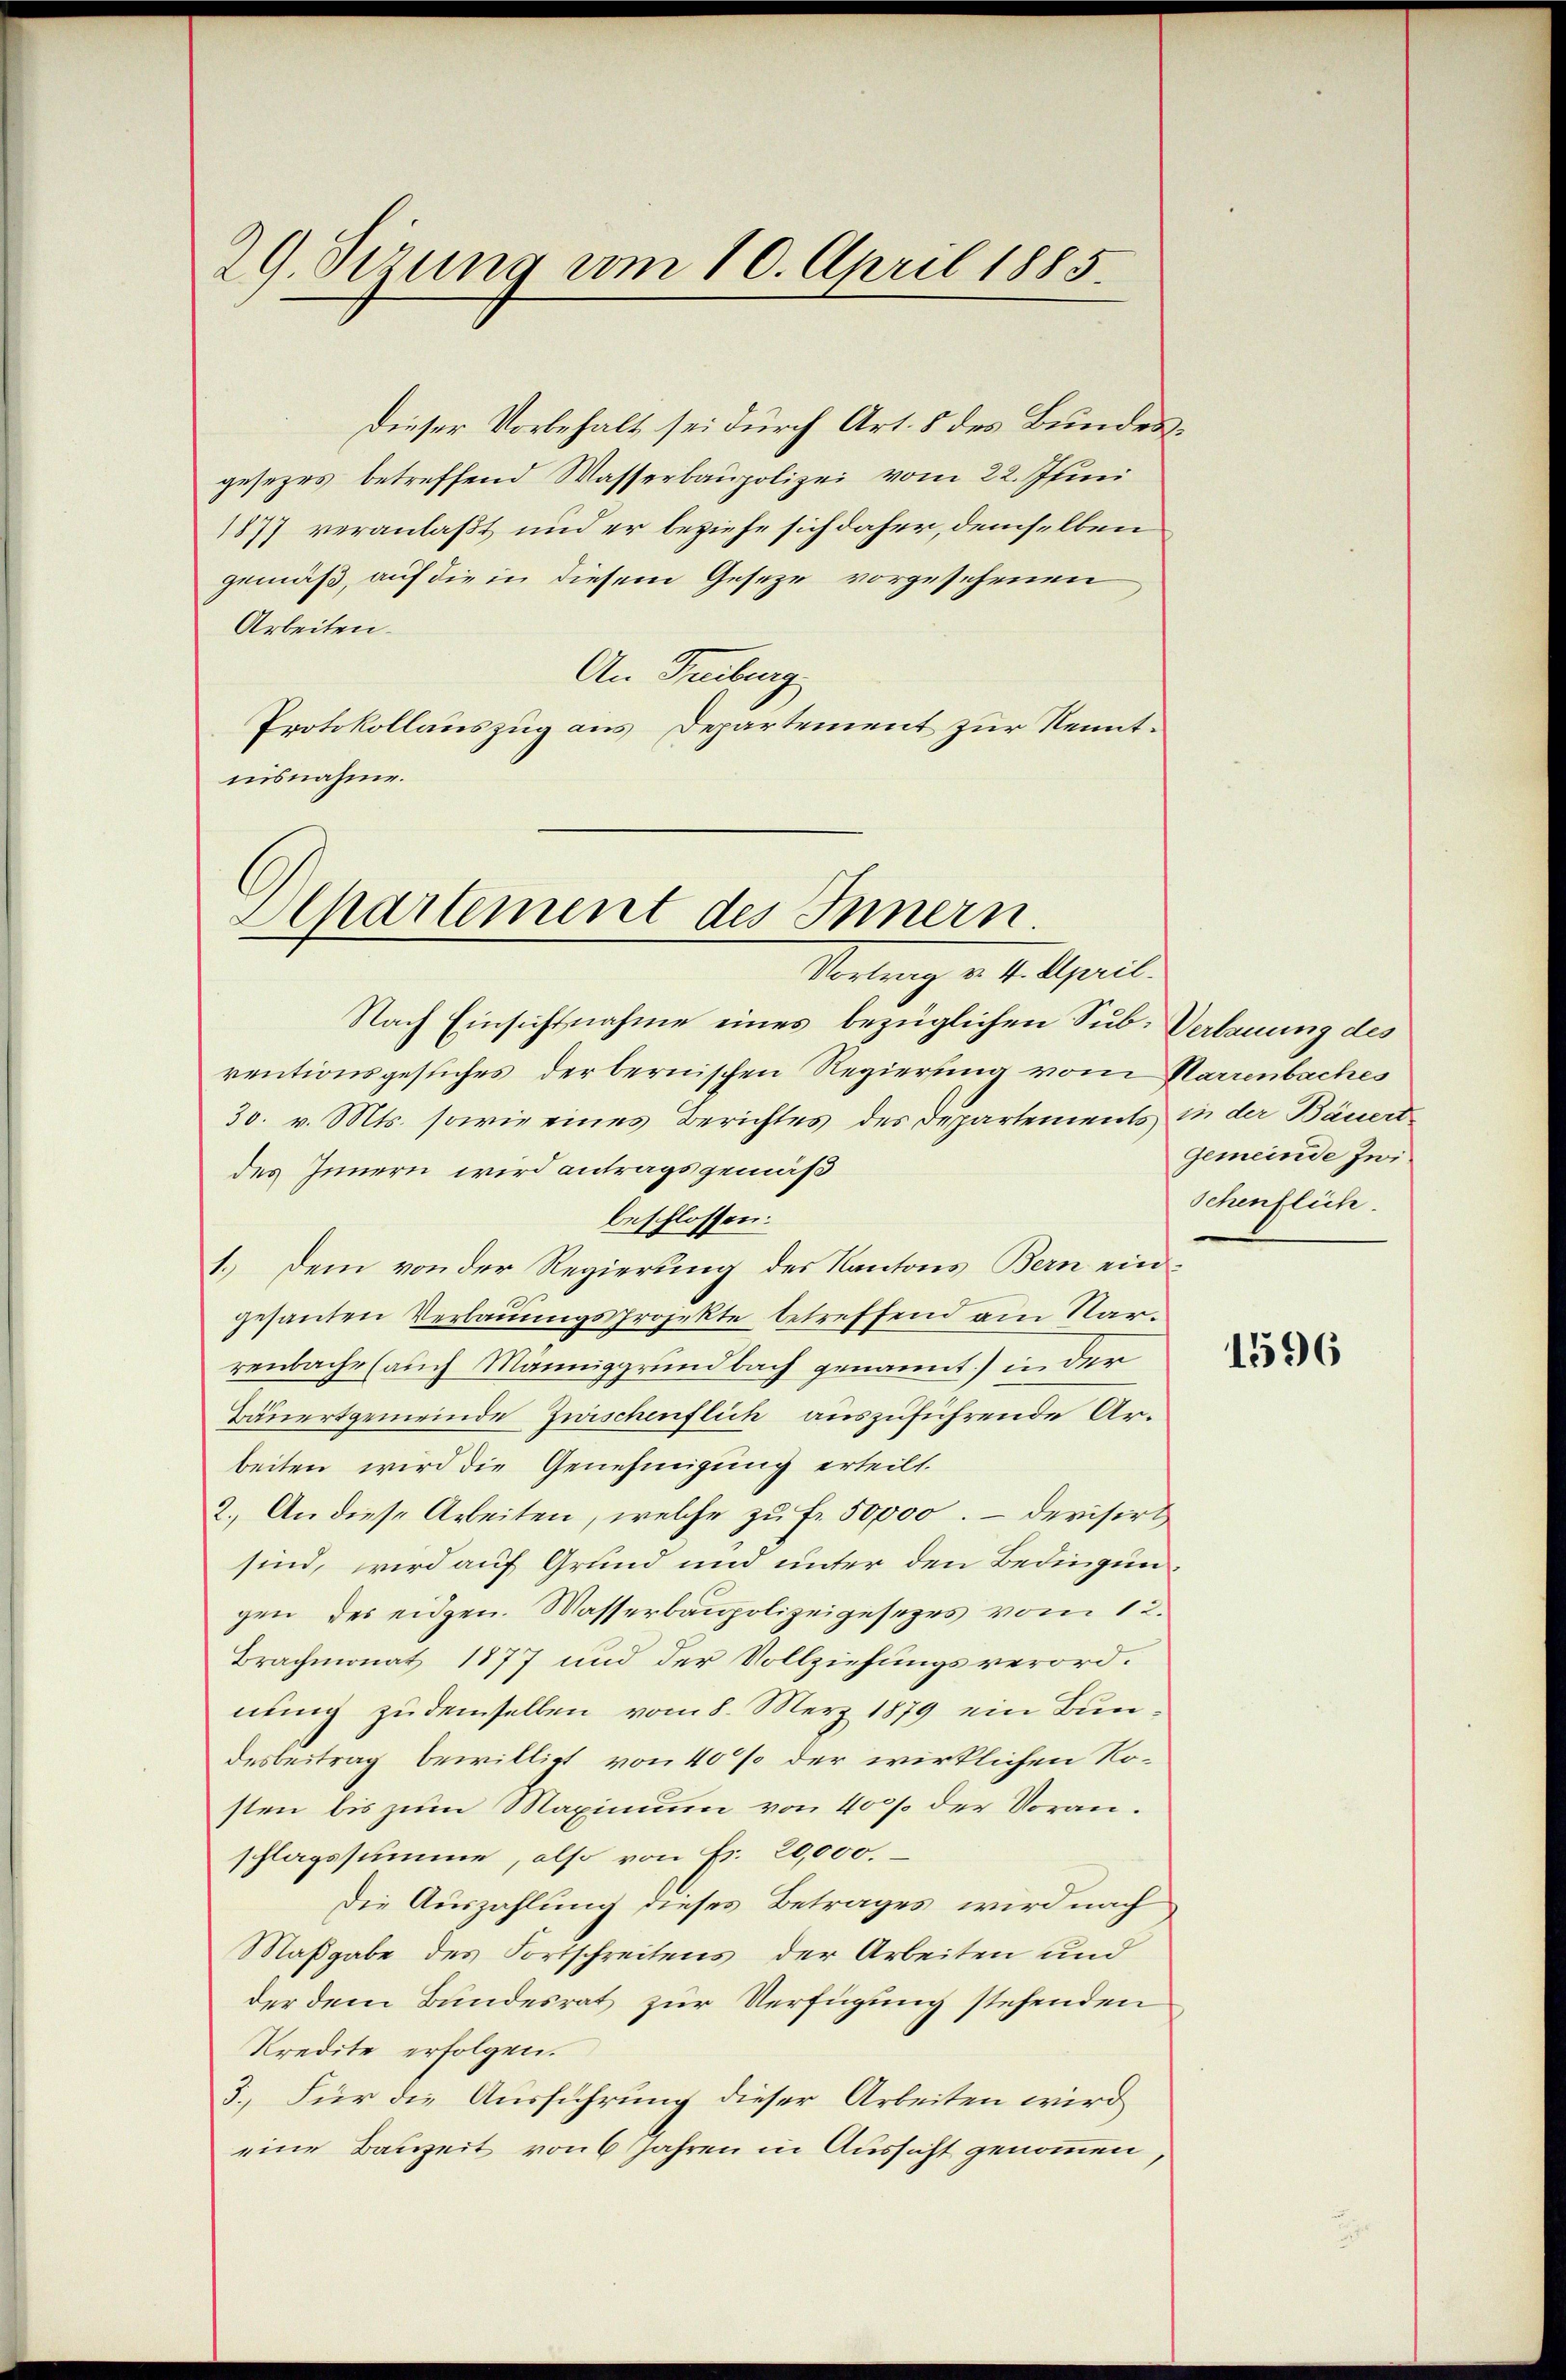
29. Sizung vom 10. April 1885.

Dieser Vorbehalt sei durch Art. 5 des Bundesgesezes betreffend Wasserbaupolizei vom 22. Jenn
1877 veranlaßt und er beziehe sich daher, demselben
gemäß, auf die in diesem Geseze vorgesehenen
Arbeiten.
An Freiburg
Protokollauszug aus Departement zur Kenntnisnahme.

Ahartement des Innern
Melang v. 1. April

Nach Einsichtnahme eines bezüglichen Sub-Verbauung des
rentionsgesuches der bernischen Regierung vom Karrenbaches
30. v. Mts. sowie eines Berichtes des Departements in der Bäuertdes Innern wird antragsgemäß
beschlossen:
1.) Dem von der Regierung des Kantons Bern ein¬
.
gesanten Verbauungsprojekte betreffend am Sarrenbache (auch Männiggrundbach genannt) in der
Bäuertgemeinde Zwischenflich auszuführende Arbeiten wird die Genehmigung erteilt.
2.) An diese Arbeiten, welche zŭ fr. 50,000. - Devisirt
sind, wird auf Grund und unter den Bedingungen des eidgen. Wasserbaupolizeigesezes vom 1.
Brachmonat 1877 und der Vollziehungsverordnung zu demselben vom 8. Merz 1879 ein Bundesbestrag bewilligt von 40% der wirklichen Rosten bis zum Maximum von 400 der Voranschlagssumme, also von Fr. 20,000.
Die Auszahlung dieses Betrages, wird nach
Maßgabe des Fortschreitens der Arbeiten und
der dem Bundesrat zur Verfügung stehenden
Kredite erfolgen.
3.) Für die Ausführung dieser Arbeiten wird
eine Bauzeit von 6 Jahren in Aussicht genommen

Gemeinde zwi
Schenflich.

1596